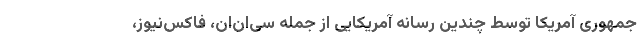
جمهوری آمریکا توسط چندین رسانه آمریکایی از جمله سی‌ان‌ان، فاکس‌نیوز،